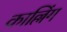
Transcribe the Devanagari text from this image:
काल्लिंग